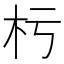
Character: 杇